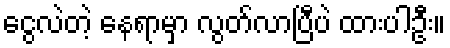
ငွေလဲတဲ့ နေရာမှာ လွတ်လာပြီပဲ ထားပါဦး။